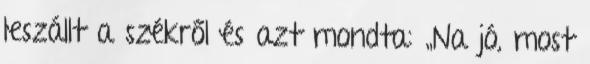
leszállt a székről és azt mondta: „Na jó, most